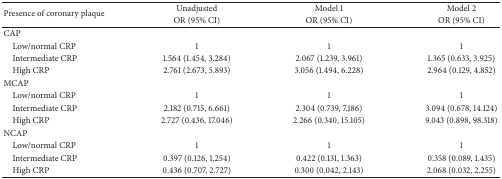
| <ROWSPAN=2> Presence of coronary plaque | Unadjusted | Model 1 | Model 2 |
 | OR (95% CI) | OR (95% CI) | OR (95% CI) |
 | --- | --- | --- | --- |
 | CAP |  |  |  |
 | Low/normal CRP | 1 | 1 | 1 |
 | Intermediate CRP | 1.564 (1.454, 3.284) | 2.067 (1.239, 3.961) | 1.365 (0.633, 3.925) |
 | High CRP | 2.761 (2.673, 5.893) | 3.056 (1.494, 6.228) | 2.964 (0.129, 4.852) |
 | MCAP |  |  |  |
 | Low/normal CRP | 1 | 1 | 1 |
 | Intermediate CRP | 2.182 (0.715, 6.661) | 2.304 (0.739, 7.186) | 3.094 (0.678, 14.124) |
 | High CRP | 2.727 (0.436, 17.046) | 2.266 (0.340, 15.105) | 9.043 (0.898, 98.318) |
 | NCAP |  |  |  |
 | Low/normal CRP | 1 | 1 | 1 |
 | Intermediate CRP | 0.397 (0.126, 1.254) | 0.422 (0.131, 1.363) | 0.358 (0.089, 1.435) |
 | High CRP | 0.436 (0.707, 2.727) | 0.300 (0.042, 2.143) | 2.068 (0.032, 2.255) |